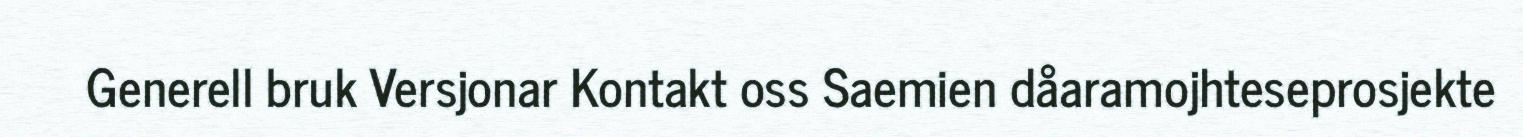
Generell bruk Versjonar Kontakt oss Saemien dåaramojhteseprosjekte